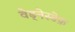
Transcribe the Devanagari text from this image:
वेड्नेस्डेफ़